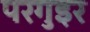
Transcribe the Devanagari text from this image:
परगुइर